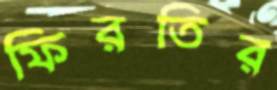
ফিরতির